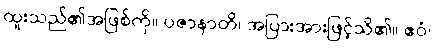
ထူးသည်၏အဖြစ်ကို။ ပဇာနာတိ၊ အပြားအားဖြင့်သိ၏။ ဧဝံ၊